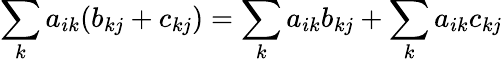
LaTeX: \sum_{k}a_{ik}(b_{kj}+c_{kj})=\sum_{k}a_{ik}b_{kj}+\sum_{k}a_{ik}c_{kj}